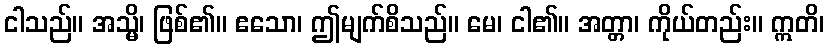
ငါသည်။ အသ္မိ၊ ဖြစ်၏။ ဧသော၊ ဤမျက်စိသည်။ မေ၊ ငါ၏။ အတ္တာ၊ ကိုယ်တည်း။ ဣတိ၊